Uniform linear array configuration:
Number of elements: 32
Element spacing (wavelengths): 0.5
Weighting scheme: cosine
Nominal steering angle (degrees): -45
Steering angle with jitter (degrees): -43.021
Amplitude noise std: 0.05
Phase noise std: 0.05

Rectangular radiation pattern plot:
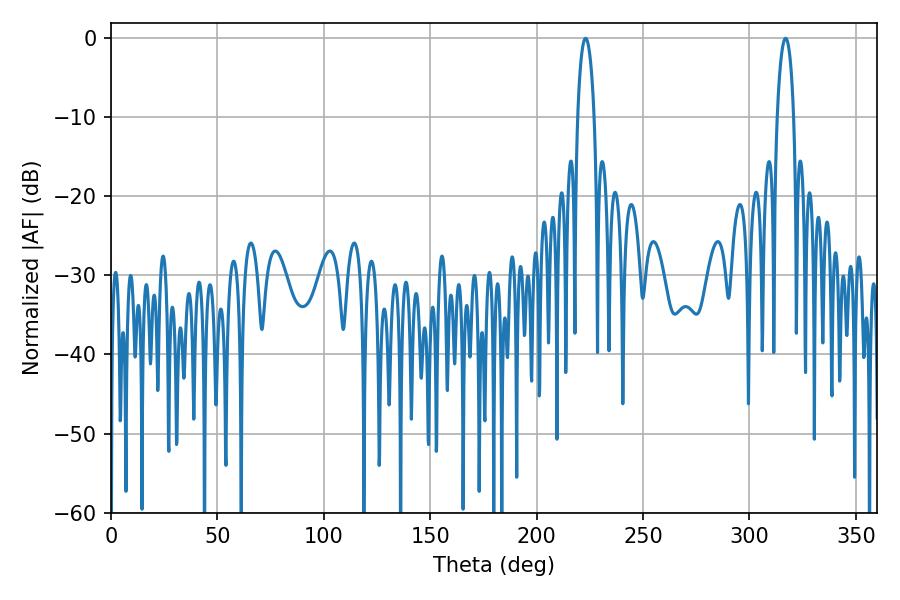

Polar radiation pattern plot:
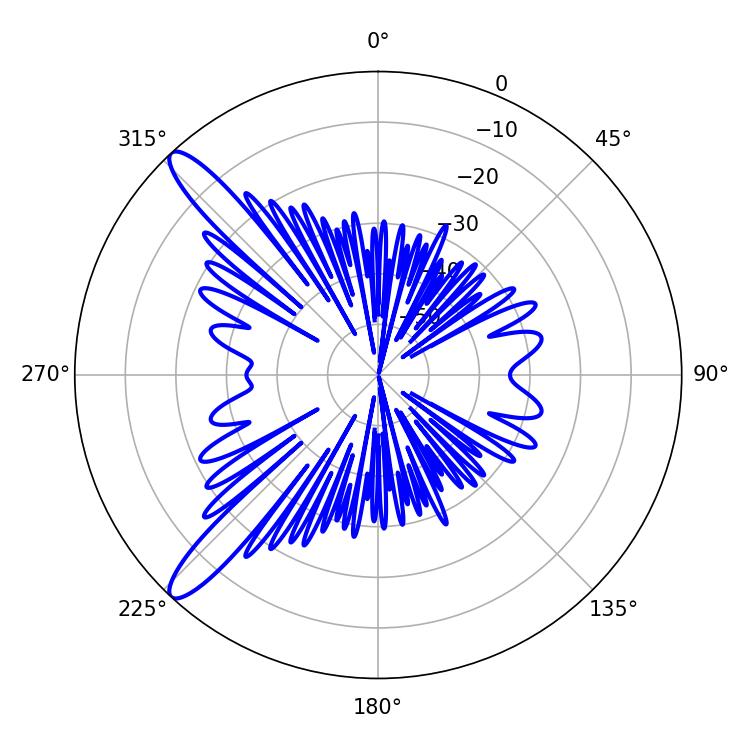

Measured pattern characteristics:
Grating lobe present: FALSE
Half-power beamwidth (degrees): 4.32
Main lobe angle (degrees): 316.98